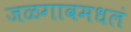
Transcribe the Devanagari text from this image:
जळगावमधलं